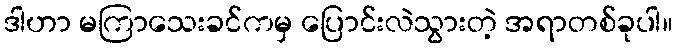
ဒါဟာ မကြာသေးခင်ကမှ ပြောင်းလဲသွားတဲ့ အရာတစ်ခုပါ။